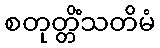
စတုတ္တိံသတိမံ